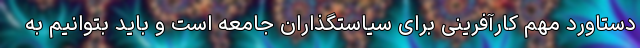
دستاورد مهم کارآفرینی برای سیاستگذاران جامعه است و باید بتوانیم به